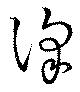
澤